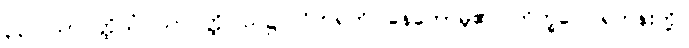
၃၃။ သာဝတ္ထိယံ၊ သာဝတ္ထိပြည်၌။ ဝိဟရတိ၊ နေတော်မူ၏။ ဘိက္ခဝေ၊ ရဟန်းတို့။